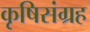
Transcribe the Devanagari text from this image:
कृषिसंग्रह